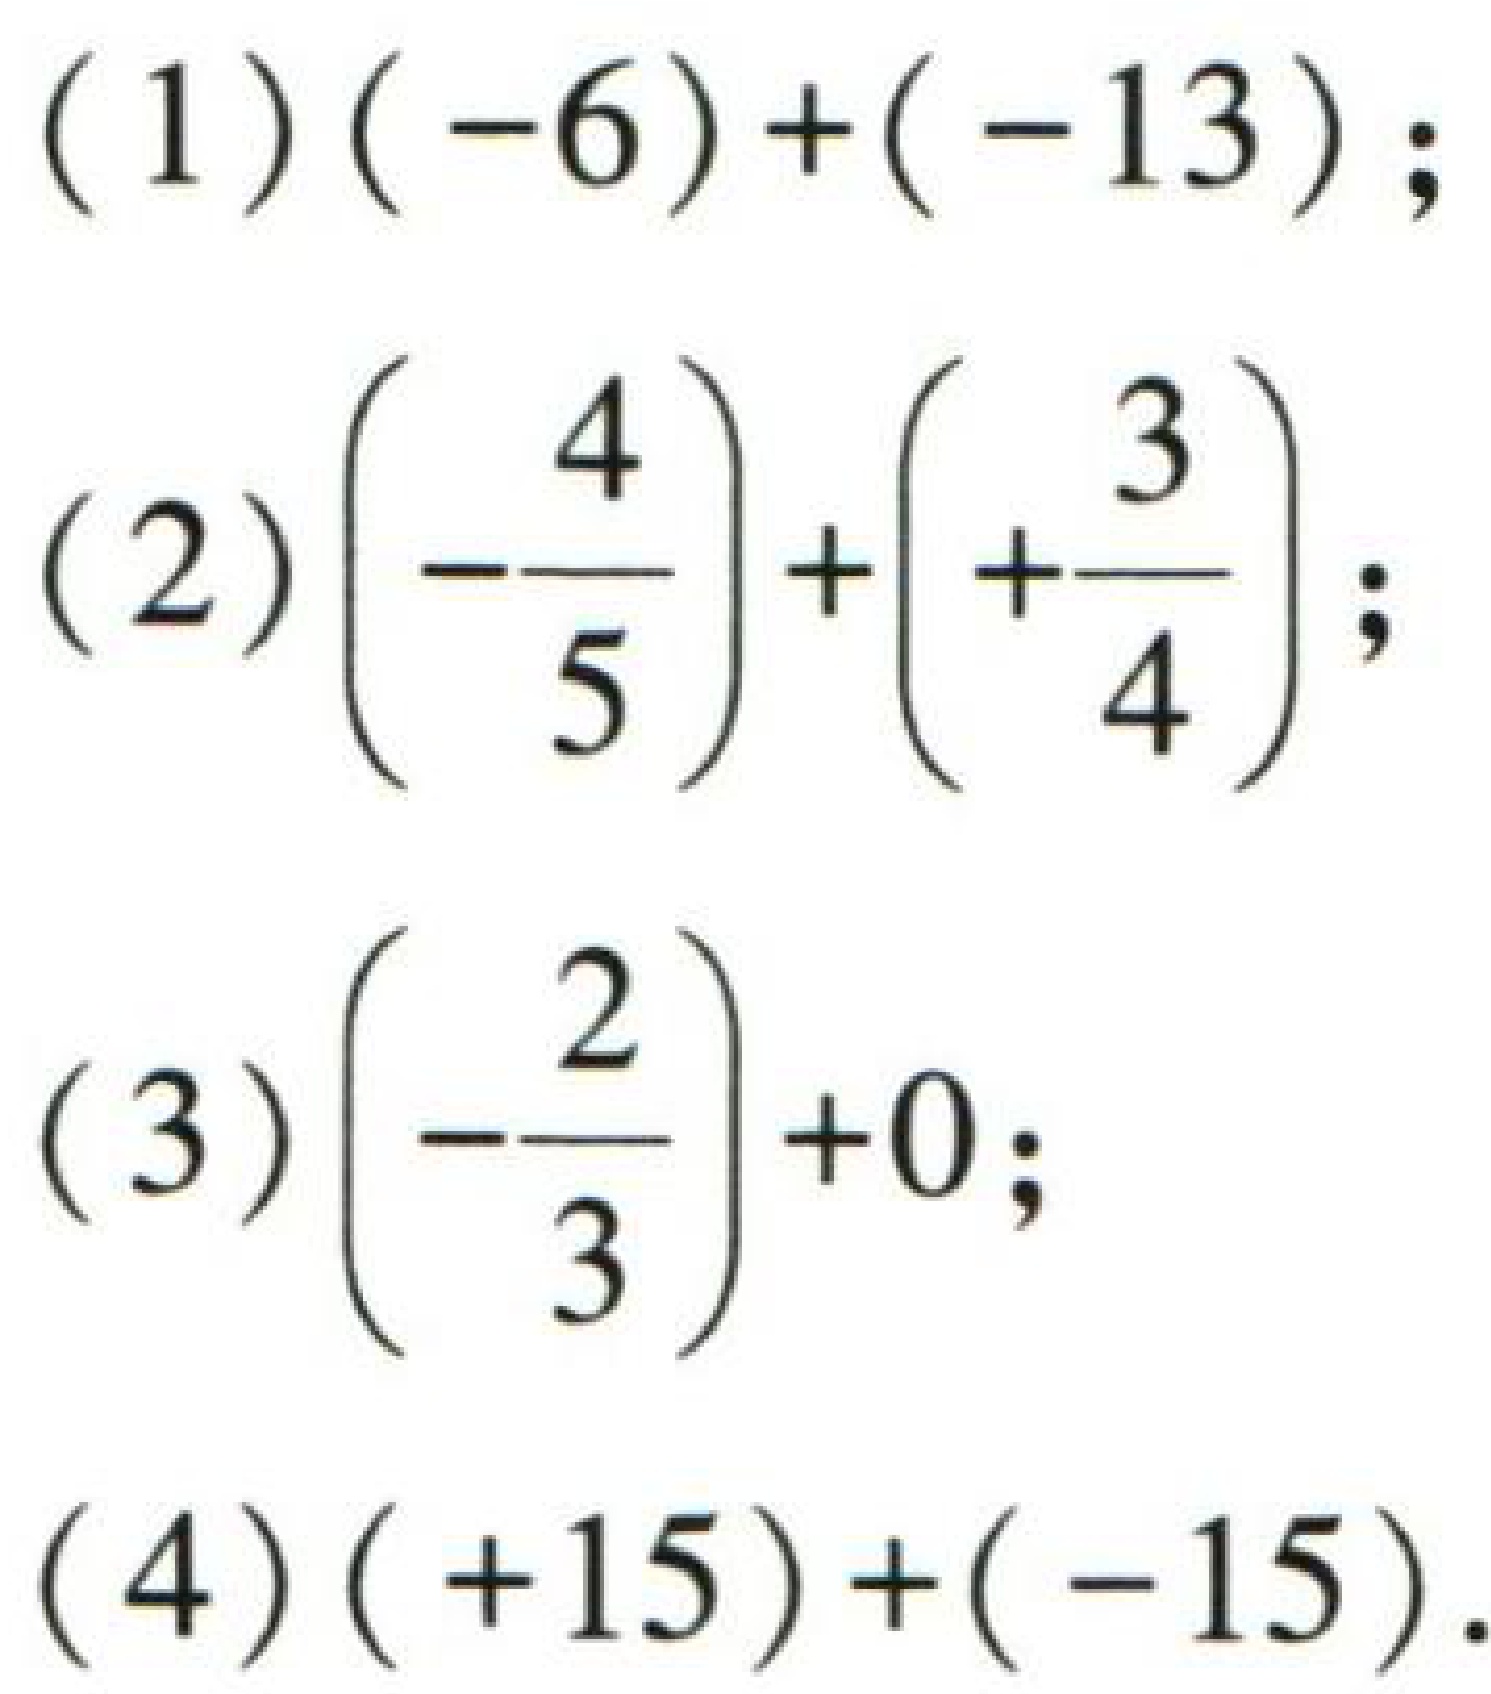
(1) \((-6)+(-13)\);
(2) \(\left(-\dfrac{4}{5}\right)+\left(+\dfrac{3}{4}\right)\);
(3) \(\left(-\dfrac{2}{3}\right)+0\);
(4) \((+15)+(-15)\).